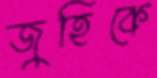
জুহিকে